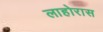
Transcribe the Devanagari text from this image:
लाहोरास